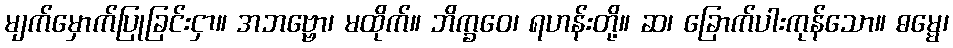
မျက်မှောက်ပြုခြင်းငှာ။ အဘဗ္ဗော၊ မထိုက်။ ဘိက္ခဝေ၊ ရဟန်းတို့။ ဆ၊ ခြောက်ပါးကုန်သော။ ဓမ္မေ၊